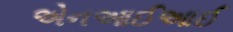
એનઆઈઆઈ